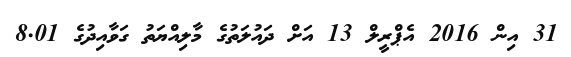
31 އިން 2016 އެޕްރީލް 13 އަށް ދައުލަތުގެ މާލިއްޔަތު ގަވާއިދުގެ 8.01